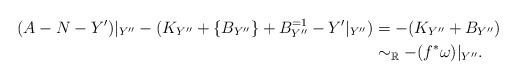
LaTeX: \begin{align*}(A-N-Y')|_{Y''}-(K_{Y''}+\{B_{Y''}\}+B_{Y''}^{=1}-Y'|_{Y''})&=-(K_{Y''}+B_{Y''})\\&\sim _{\mathbb R} -(f^*\omega)|_{Y''}. \end{align*}